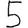
Digit: 5